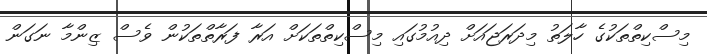
މިސްކިތްތަކުގެ ހާލަތު މިދަރަޖައަށް ދިއުމުގައި މިސްކިތްތަކަށް އަރާ ފަރާތްތަކުން ވެސް ޒިންމާ ނަގަން